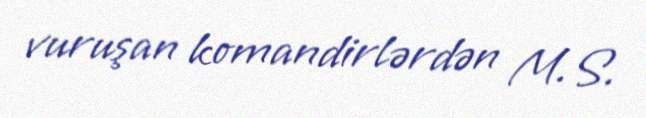
vuruşan komandirlərdən M.S.